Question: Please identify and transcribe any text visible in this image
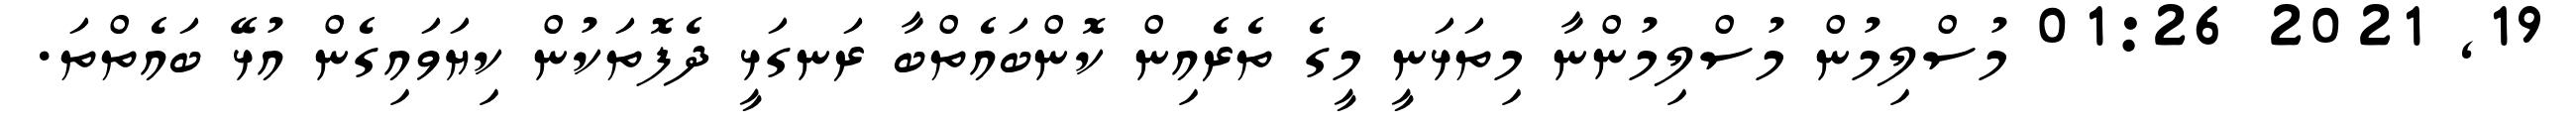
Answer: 19, 2021 01:26 މުސްލިމުން މުސްލިމުންނާ މިތަޅަނީ މީގެ ތެރެއިން ކޮންބައެތްބާ ރަނގަޅީ ދެފޮތަކުން ކިޔަވައިގެން އުޅޭ ބައެތްތަ.